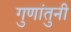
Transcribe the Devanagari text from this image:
गुणांतुनी